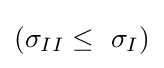
({{\sigma }_{II}}\leq \ {{\sigma }_{I}})